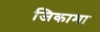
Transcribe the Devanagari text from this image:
जिकामा